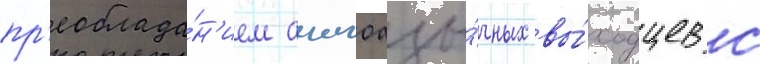
пр'еоблада́н'ием англоазы́чных вы́ходцев с